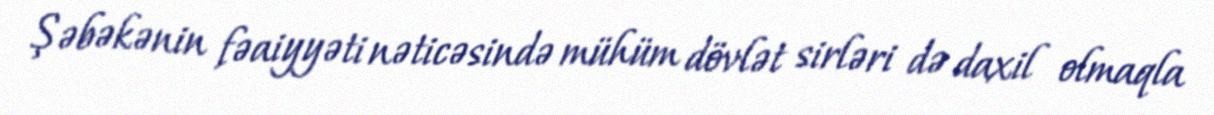
Şəbəkənin fəaiyyəti nəticəsində mühüm dövlət sirləri də daxil olmaqla